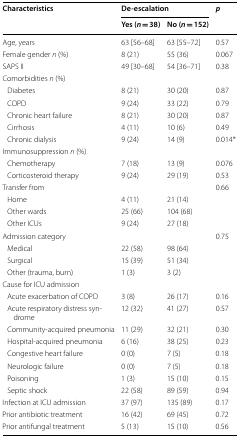
<table><thead><tr><td rowspan="2"><b>Characteristics</b></td><td colspan="2"><b>De-escalation</b></td><td rowspan="2"><b><i>p</i></b></td></tr><tr><td><b>Yes (<i>n </i>= 38)</b></td><td><b>No (<i>n </i>= 152)</b></td></tr></thead><tbody><tr><td>Age, years</td><td>63 [56–68]</td><td>63 [55–72]</td><td>0.57</td></tr><tr><td>Female gender <i>n</i> (%)</td><td>8 (21)</td><td>55 (36)</td><td>0.067</td></tr><tr><td>SAPS II</td><td>49 [30–68]</td><td>54 [36–71]</td><td>0.38</td></tr><tr><td colspan="4">Comorbidities <i>n</i> (%)</td></tr><tr><td> Diabetes</td><td>8 (21)</td><td>30 (20)</td><td>0.87</td></tr><tr><td> COPD</td><td>9 (24)</td><td>33 (22)</td><td>0.79</td></tr><tr><td> Chronic heart failure</td><td>8 (21)</td><td>30 (20)</td><td>0.87</td></tr><tr><td> Cirrhosis</td><td>4 (11)</td><td>10 (6)</td><td>0.49</td></tr><tr><td> Chronic dialysis</td><td>9 (24)</td><td>14 (9)</td><td>0.014*</td></tr><tr><td colspan="4">Immunosuppression <i>n</i> (%)</td></tr><tr><td> Chemotherapy</td><td>7 (18)</td><td>13 (9)</td><td>0.076</td></tr><tr><td> Corticosteroid therapy</td><td>9 (24)</td><td>29 (19)</td><td>0.53</td></tr><tr><td>Transfer from</td><td></td><td></td><td>0.66</td></tr><tr><td> Home</td><td>4 (11)</td><td>21 (14)</td><td></td></tr><tr><td> Other wards</td><td>25 (66)</td><td>104 (68)</td><td></td></tr><tr><td> Other ICUs</td><td>9 (24)</td><td>27 (18)</td><td></td></tr><tr><td>Admission category</td><td></td><td></td><td>0.75</td></tr><tr><td> Medical</td><td>22 (58)</td><td>98 (64)</td><td></td></tr><tr><td> Surgical</td><td>15 (39)</td><td>51 (34)</td><td></td></tr><tr><td> Other (trauma, burn)</td><td>1 (3)</td><td>3 (2)</td><td></td></tr><tr><td colspan="4">Cause for ICU admission</td></tr><tr><td> Acute exacerbation of COPD</td><td>3 (8)</td><td>26 (17)</td><td>0.16</td></tr><tr><td> Acute respiratory distress syndrome</td><td>12 (32)</td><td>41 (27)</td><td>0.57</td></tr><tr><td> Community-acquired pneumonia</td><td>11 (29)</td><td>32 (21)</td><td>0.30</td></tr><tr><td> Hospital-acquired pneumonia</td><td>6 (16)</td><td>38 (25)</td><td>0.23</td></tr><tr><td> Congestive heart failure</td><td>0 (0)</td><td>7 (5)</td><td>0.18</td></tr><tr><td> Neurologic failure</td><td>0 (0)</td><td>7 (5)</td><td>0.18</td></tr><tr><td> Poisoning</td><td>1 (3)</td><td>15 (10)</td><td>0.15</td></tr><tr><td> Septic shock</td><td>22 (58)</td><td>89 (59)</td><td>0.94</td></tr><tr><td>Infection at ICU admission</td><td>37 (97)</td><td>135 (89)</td><td>0.17</td></tr><tr><td>Prior antibiotic treatment</td><td>16 (42)</td><td>69 (45)</td><td>0.72</td></tr><tr><td>Prior antifungal treatment</td><td>5 (13)</td><td>15 (10)</td><td>0.56</td></tr></tbody></table>